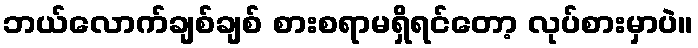
ဘယ်လောက်ချစ်ချစ် စားစရာမရှိရင်တော့ လုပ်စားမှာပဲ။